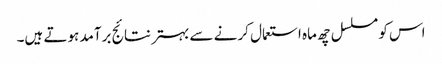
اس کو مسلسل چھ ماہ استعمال کرنے سے بہتر نتائج برآمد ہوتے ہیں۔